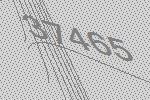
37465